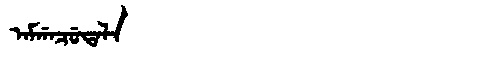
Manchu: ᠠᠮᡤᠠᠴᡠᡨᠠᠯᠠ
Romanization: AMGACUTALA